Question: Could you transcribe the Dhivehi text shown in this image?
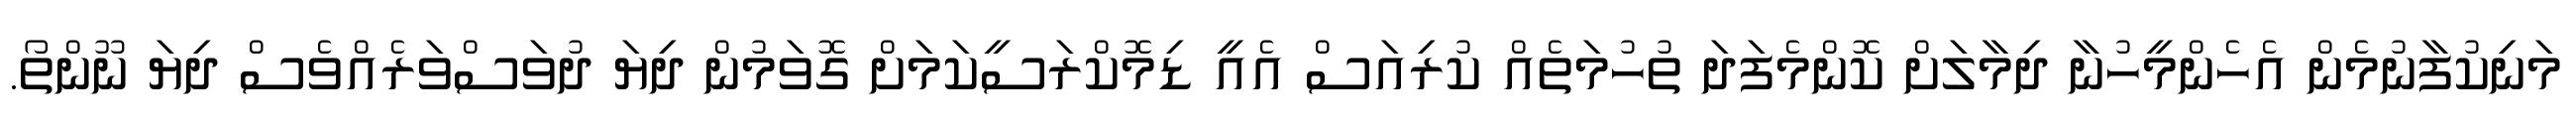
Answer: މަނިކުފާނުމެން އެހެންމީހުނާ ދިމާލަށް ކޮންމެފަދަ ތުހުމަތެއް ކުރިއަސް އެއީ ޑިމޮކްރަސީކަމަށް ގޮވަމުން ދިޔަ ދުވަސްވަރެއްވެސް ދިޔަ ނޫންތޯ.